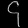
Digit: ၄